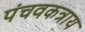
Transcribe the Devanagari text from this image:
पंचवकत्राय